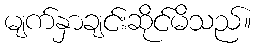
မျက်နှာချင်းဆိုင်မိသည်။